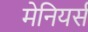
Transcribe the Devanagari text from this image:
मेनियर्स